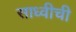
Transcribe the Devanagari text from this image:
साध्वीची